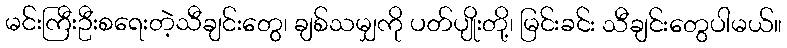
မင်းကြီးဦးစရေးတဲ့သီချင်းတွေ၊ ချစ်သမျှကို ပတ်ပျိုးတို့၊ မြင်းခင်း သီချင်းတွေပါမယ်။